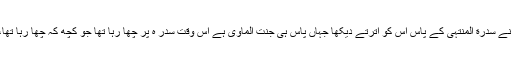
اب کیا تم اس چیز پر اس سے جھگڑتے ہو جسے وہ آنکھوں سے دیکھتا ہے اور ایک مر تبہ اس نے سدرة المنتہیٰ کے پاس اس کو اترتے دیکھا جہاں پاس ہی جنت الماویٰ ہے اس وقت سدر ہ پر چھا رہا تھا جو کچھ کہ چھا رہا تھا، نگاہ نہ چندھیائی نہ حد سے متجاوز ہو ئی اور اس نے اپنے رب کی بڑی بڑی نشانیاں دیکھیں ۔